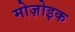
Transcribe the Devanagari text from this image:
मोज़ोइक